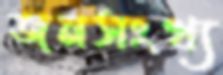
জনসংখ্য